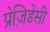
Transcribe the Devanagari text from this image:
प्रेज़िडेंसी